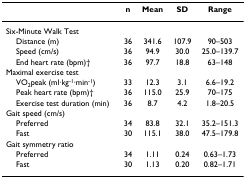
<table><thead><tr><td></td><td><b>n</b></td><td><b>Mean</b></td><td><b>SD</b></td><td><b>Range</b></td></tr></thead><tbody><tr><td colspan="5">Six-Minute Walk Test</td></tr><tr><td> Distance (m)</td><td>36</td><td>341.6</td><td>107.9</td><td>90–503</td></tr><tr><td> Speed (cm/s)</td><td>36</td><td>94.9</td><td>30.0</td><td>25.0–139.7</td></tr><tr><td> End heart rate (bpm)†</td><td>36</td><td>97.7</td><td>18.8</td><td>63–148</td></tr><tr><td colspan="5">Maximal exercise test</td></tr><tr><td> VO<sub>2</sub>peak (ml·kg<sup>-1</sup>·min<sup>-1</sup>)</td><td>33</td><td>12.3</td><td>3.1</td><td>6.6–19.2</td></tr><tr><td> Peak heart rate (bpm)†</td><td>36</td><td>115.0</td><td>25.9</td><td>70–175</td></tr><tr><td> Exercise test duration (min)</td><td>36</td><td>8.7</td><td>4.2</td><td>1.8–20.5</td></tr><tr><td colspan="5">Gait speed (cm/s)</td></tr><tr><td> Preferred</td><td>34</td><td>83.8</td><td>32.1</td><td>35.2–151.3</td></tr><tr><td> Fast</td><td>30</td><td>115.1</td><td>38.0</td><td>47.5–179.8</td></tr><tr><td colspan="5">Gait symmetry ratio</td></tr><tr><td> Preferred</td><td>34</td><td>1.11</td><td>0.24</td><td>0.63–1.73</td></tr><tr><td> Fast</td><td>30</td><td>1.13</td><td>0.20</td><td>0.82–1.71</td></tr></tbody></table>